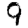
Digit: 9